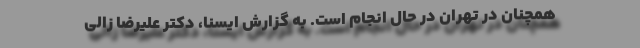
همچنان در تهران در حال انجام است. به گزارش ایسنا، دکتر علیرضا زالی